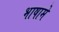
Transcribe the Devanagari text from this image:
भाषामे